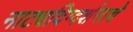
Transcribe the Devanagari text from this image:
नाट्यदिग्दर्शनाचे